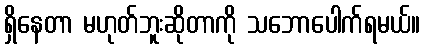
ရှိနေတာ မဟုတ်ဘူးဆိုတာကို သဘောပေါက်ရမယ်။